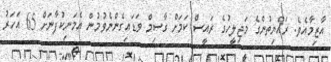
އާޒިމާއެވެ. ރައްޔިތުންގެ މަޖިލީހުގެ ރައީސް ކަމަށް ގާސިމް ވަޑައިގެންނެވުމުން އެމަނިކުފާނަށް 65 އަހަރު